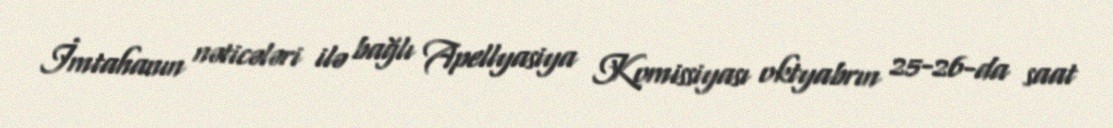
İmtahanın nəticələri ilə bağlı Apellyasiya Komissiyası oktyabrın 25-26-da saat